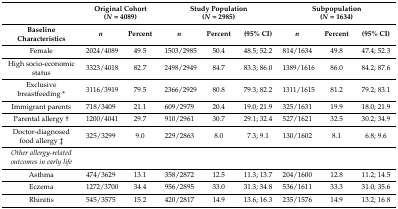
<table><thead><tr><td></td><td colspan="2"><b>Original Cohort(<i>N</i> = 4089)</b></td><td colspan="3"><b>Study Population(<i>N</i> = 2985)</b></td><td colspan="3"><b>Subpopulation(<i>N</i> = 1634)</b></td></tr><tr><td><b>Baseline Characteristics</b></td><td><b><i>n</i></b></td><td><b>Percent</b></td><td><b><i>n</i></b></td><td><b>Percent</b></td><td><b>(95% CI) </b></td><td><b><i>n</i></b></td><td><b>Percent</b></td><td><b>(95% CI)</b></td></tr></thead><tbody><tr><td>Female</td><td>2024/4089</td><td>49.5</td><td>1503/2985</td><td>50.4</td><td>48.5; 52.2</td><td>814/1634</td><td>49.8</td><td>47.4; 52.3</td></tr><tr><td>High socio-economic status</td><td>3323/4018</td><td>82.7</td><td>2498/2949</td><td>84.7</td><td>83.3; 86.0</td><td>1389/1616</td><td>86.0</td><td>84.2; 87.6</td></tr><tr><td>Exclusive breastfeeding *</td><td>3116/3919</td><td>79.5</td><td>2366/2929</td><td>80.8</td><td>79.3; 82.2</td><td>1311/1615</td><td>81.2</td><td>79.2; 83.1</td></tr><tr><td>Immigrant parents</td><td>718/3409</td><td>21.1</td><td>609/2979</td><td>20.4</td><td>19.0; 21.9</td><td>325/1631</td><td>19.9</td><td>18.0; 21.9</td></tr><tr><td>Parental allergy †</td><td>1200/4041</td><td>29.7</td><td>910/2961</td><td>30.7</td><td>29.1; 32.4</td><td>527/1621</td><td>32.5</td><td>30.2; 34.9</td></tr><tr><td>Doctor-diagnosed food allergy ‡</td><td>325/3299</td><td>9.0</td><td>229/2863</td><td>8.0</td><td>7.3; 9.1</td><td>130/1602</td><td>8.1</td><td>6.8; 9.6</td></tr><tr><td><i>Other allergy-related outcomes in early life</i></td><td></td><td></td><td></td><td></td><td></td><td></td><td></td><td></td></tr><tr><td>Asthma</td><td>474/3629</td><td>13.1</td><td>358/2872</td><td>12.5</td><td>11.3; 13.7</td><td>204/1600</td><td>12.8</td><td>11.2; 14.5</td></tr><tr><td>Eczema</td><td>1272/3700</td><td>34.4</td><td>956/2895</td><td>33.0</td><td>31.3; 34.8</td><td>536/1611</td><td>33.3</td><td>31.0; 35.6</td></tr><tr><td>Rhinitis</td><td>545/3575</td><td>15.2</td><td>420/2817</td><td>14.9</td><td>13.6; 16.3</td><td>235/1576</td><td>14.9</td><td>13.2; 16.8</td></tr></tbody></table>